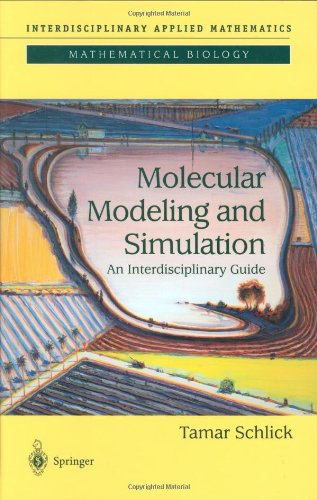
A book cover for Molecular Modeling and Simulation: An Interdisciplinary Guide (Interdisciplinary Applied Mathematics); Tamar Schlick; Science & Math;